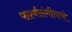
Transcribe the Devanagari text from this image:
पार्श्वसंगीताचे